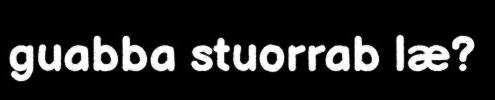
guabba stuorrab læ?